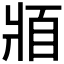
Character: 𰠓